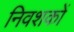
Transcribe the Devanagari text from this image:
निवशकों